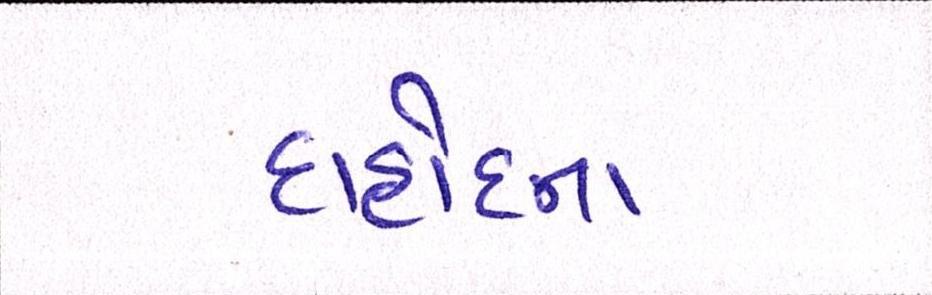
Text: દાહોદના